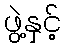
ဖွဲ့နှင့်